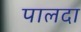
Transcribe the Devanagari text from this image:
पालदा